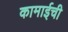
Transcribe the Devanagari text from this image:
कामाईची